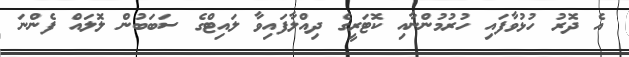
އެ ދޮރު ހުޅުވާފައި ހުރުމުންނާއި ކޮޓަރީގެ ދިއްލާފައިވާ ލައިޓްގެ ސަބަބުން ލޮަލައް ފެންނަ